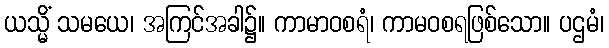
ယသ္မိံ သမယေ၊ အကြင်အခါ၌။ ကာမာဝစရံ၊ ကာမဝစရဖြစ်သော။ ပဌမံ၊